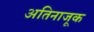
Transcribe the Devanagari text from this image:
अतिनाजूक